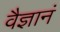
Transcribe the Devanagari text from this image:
वैज्ञानं